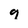
Character: 9